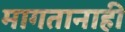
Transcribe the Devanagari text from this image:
मागतानाही